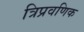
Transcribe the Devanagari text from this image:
त्रिप्रवणिक